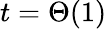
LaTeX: t=\Theta(1)